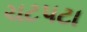
ચટપટા